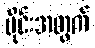
ပိုင်းအတွက်